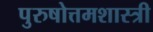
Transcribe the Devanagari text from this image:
पुरुषोत्तमशास्त्री